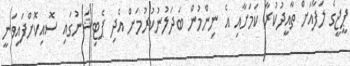
ޕީޖީގެ ލަފާއަށް ތާއީދުކުރާ ކަމަށާއި އެ ނިންމުން ބަދަލުނުކުރުމަށް އެދި ޕެޓިޝަނުގައި ސޮއިކޮށްފައިވަނީ